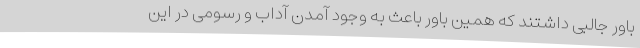
باور جالبی داشتند که همین باور باعث به وجود آمدن آداب و رسومی در این